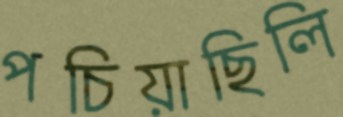
পচিয়াছিলি